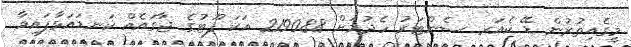
މީގެއިތުރުން ޑޭ ކެއަރ ސެންޓަރު ހެދުމަށް 2190.88 އަކަ ފޫޓުގެ ޖާގައެއް ކަނޑައަޅާފައިވާ